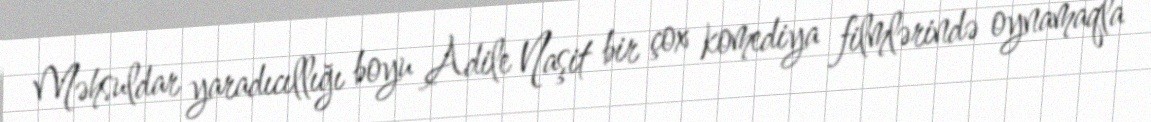
Məhsuldar yaradıcıllığı boyu Adile Naşit bir çox komediya filmlərində oynamaqla